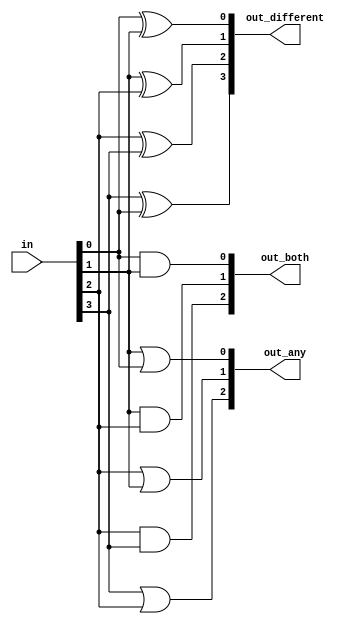
module top_module( 
    input [3:0] in,
    output [2:0] out_both,
    output [3:1] out_any,
    output [3:0] out_different );
    integer i;
    always @(*) begin
        for (i = 0; i < $bits(in)-1; i=i+1) 
            out_both[i] = in[i] & in[i+1];
        for (i = 1; i < $bits(in); i=i+1) 
            out_any[i] = in[i] | in[i-1];
        for (i = 0; i < $bits(in)-1; i=i+1) 
            out_different[i] = in[i] ^ in[i+1];
        out_different[3] = in[3] ^ in[0]; 
    end
endmodule